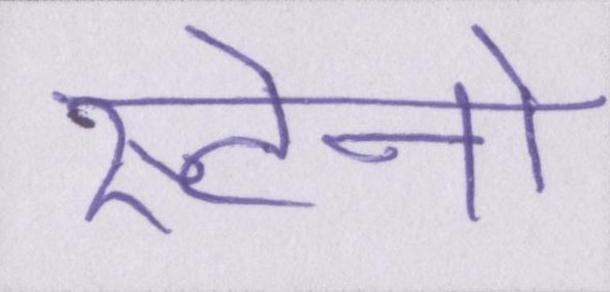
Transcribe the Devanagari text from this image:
स्टेनो